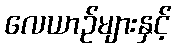
လေယာဉ်များနှင့်